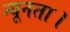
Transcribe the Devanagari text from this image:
न्यूनता।